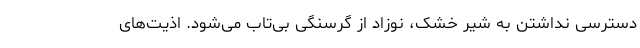
دسترسی نداشتن به شیر خشک، نوزاد از گرسنگی بی‌تاب می‌شود. اذیت‌های